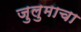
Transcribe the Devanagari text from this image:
जुलुमाचा